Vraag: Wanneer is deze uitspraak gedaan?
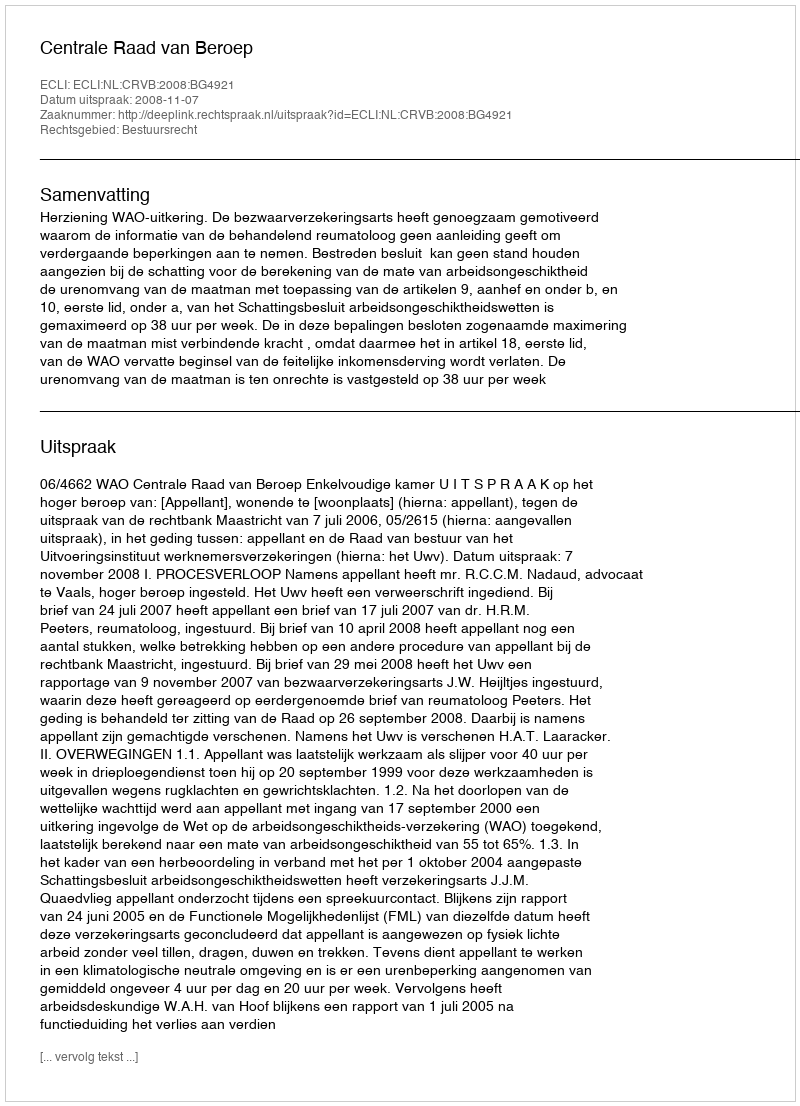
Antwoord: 2008-11-07